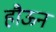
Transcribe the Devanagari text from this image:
हौऊन